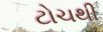
ટોચથી